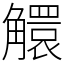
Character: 䚪